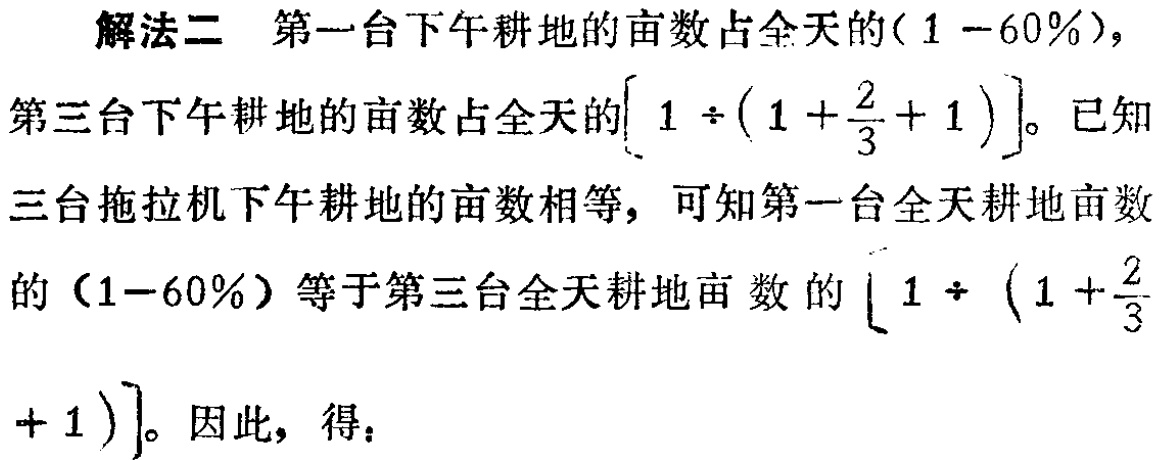
解法二 第一台下午耕地的亩数占全天的\((1 - 60\%)\)，

第三台下午耕地的亩数占全天的\(\left[1\div\left(1 + \dfrac{2}{3}+1\right)\right]\)。已知

三台拖拉机下午耕地的亩数相等，可知第一台全天耕地亩数

的\((1 - 60\%)\)等于第三台全天耕地亩数的\(\left[1\div\left(1+\dfrac{2}{3}

+ 1\right)\right]\)。因此，得：